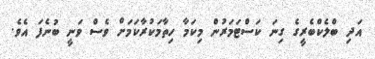
އަދި ބްލެކްބެރީގެ ގިނަ ކަސްޓަމަރުން މިކަމާ ހިތާމަކުރާކަމަށް ވެސް ވަނީ ބުނެފަ އެވެ.